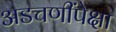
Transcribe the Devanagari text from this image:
अडचणींपेक्षा